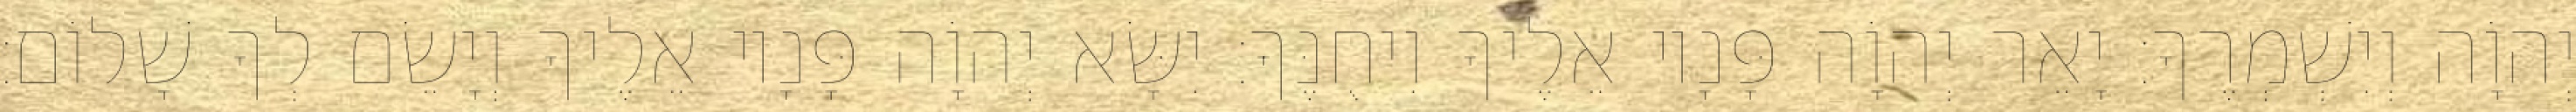
יְהוָֹה וְיִשְׁמְרֶךָ׃ יָאֵר יְהוָֹה פָּנָיו אֵלֶיךָ וִיחֻנֶּךָּ׃ יִשָּׂא יְהוָֹה פָּנָיו אֵלֶיךָ וְיָשֵׂם לְךָ שָׁלוֹם׃